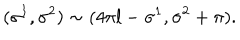
( \sigma ^ { 1 } , \sigma ^ { 2 } ) \sim ( 4 \pi l - \sigma ^ { 1 } , \sigma ^ { 2 } + \pi ) .